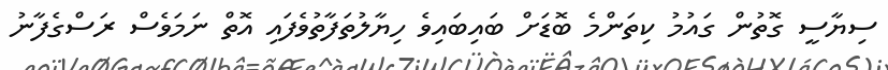
ސިޔާސީ ގޮތުން ގައުމު ކިތަންމެ ބޮޑަށް ބައިބައިވެ ހިޔާލުތަފާތުވެފައި އޮތް ނަމަވެސް ރަސްގެފާނު